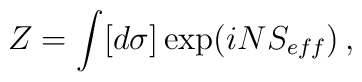
Z=\int [d\sigma] \exp(i N S_{eff})\, ,